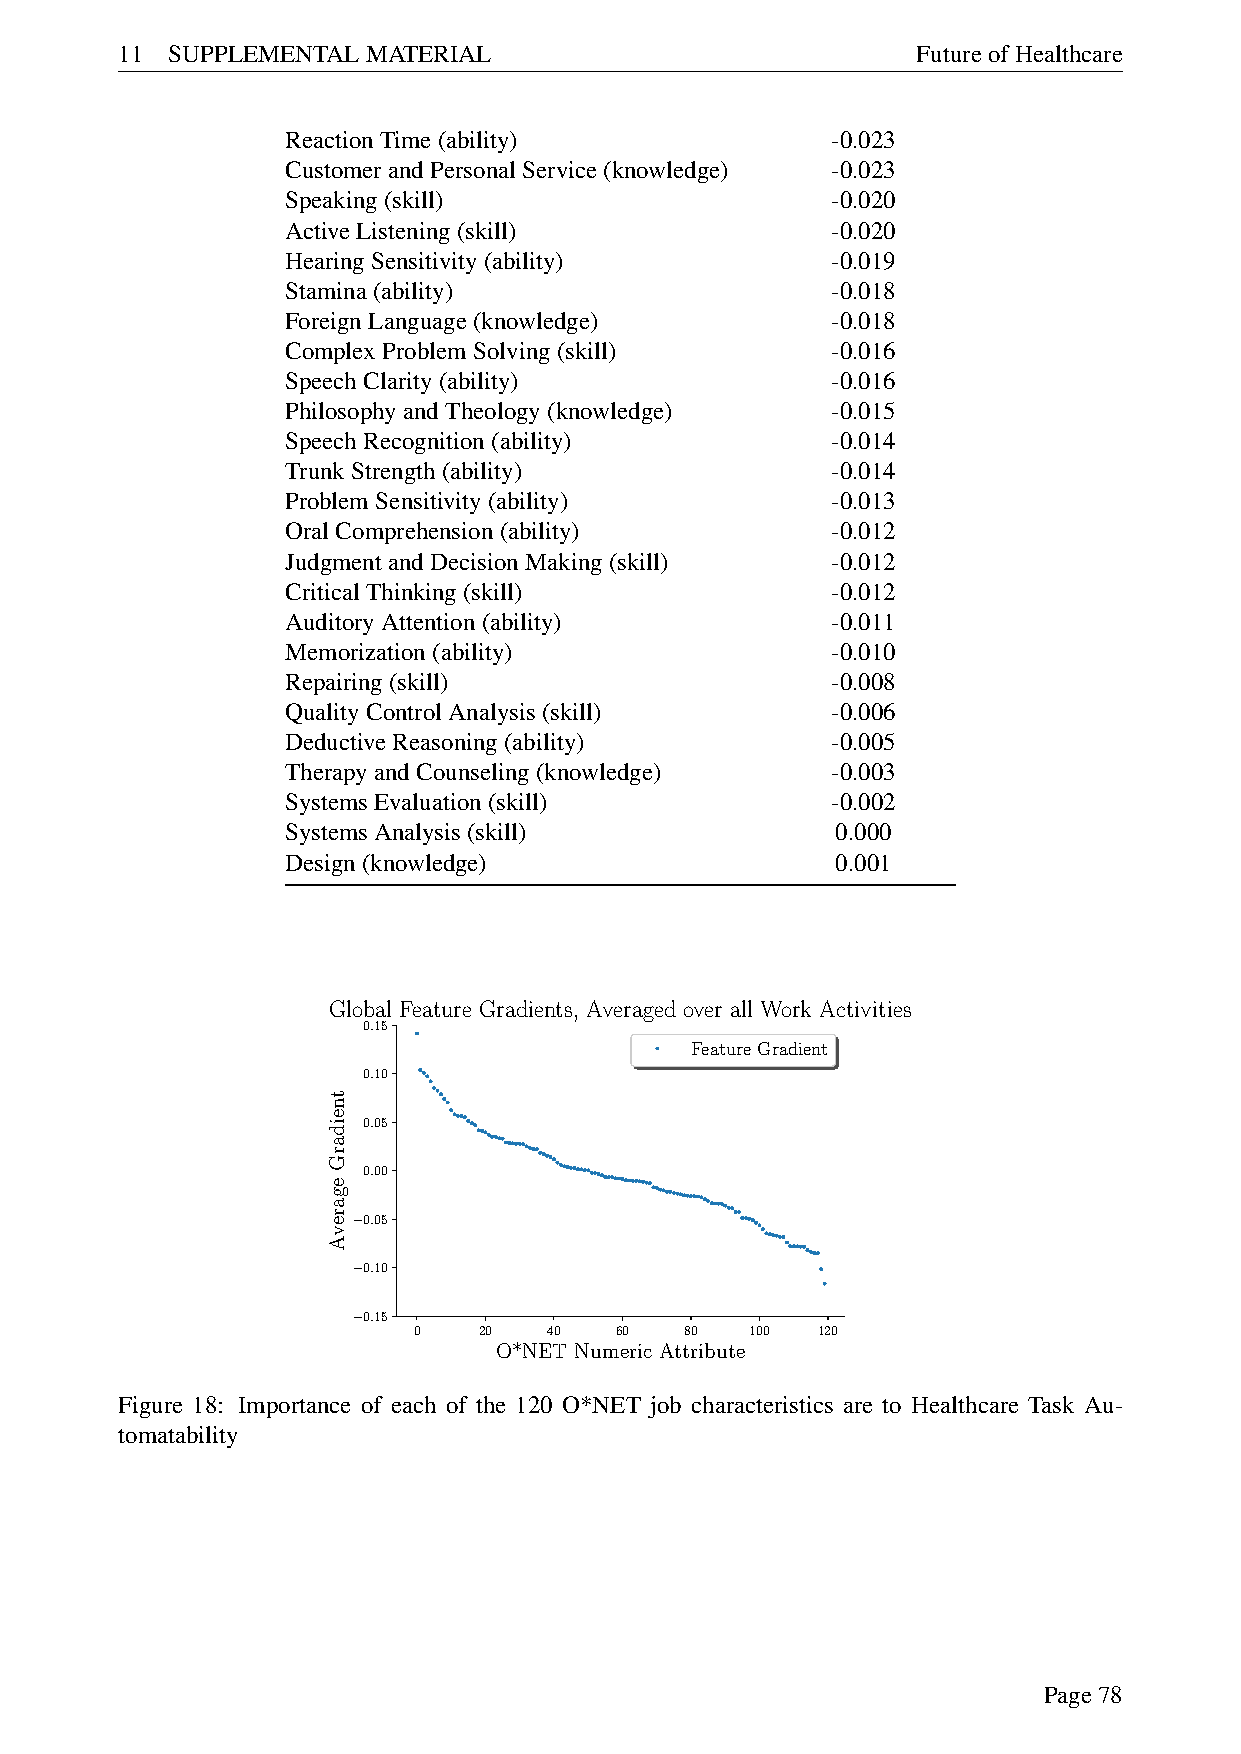
11 SUPPLEMENTALMATERIAL                              FutureofHealthcare
 ReactionTime(ability)               -0.023
 CustomerandPersonalService(knowledge) -0.023
 Speaking(skill)                     -0.020
 ActiveListening(skill)              -0.020
 HearingSensitivity(ability)         -0.019
 Stamina(ability)                    -0.018
 ForeignLanguage(knowledge)          -0.018
 ComplexProblemSolving(skill)        -0.016
 SpeechClarity(ability)              -0.016
 PhilosophyandTheology(knowledge)    -0.015
 SpeechRecognition(ability)          -0.014
 TrunkStrength(ability)              -0.014
 ProblemSensitivity(ability)         -0.013
 OralComprehension(ability)          -0.012
 JudgmentandDecisionMaking(skill)    -0.012
 CriticalThinking(skill)             -0.012
 AuditoryAttention(ability)          -0.011
 Memorization(ability)               -0.010
 Repairing(skill)                    -0.008
 QualityControlAnalysis(skill)       -0.006
 DeductiveReasoning(ability)         -0.005
 TherapyandCounseling(knowledge)     -0.003
 SystemsEvaluation(skill)            -0.002
 SystemsAnalysis(skill)              0.000
 Design(knowledge)                   0.001
 Global Feature Gradients, Averaged over all Work Activities
 0.15
 FeatureGradient
 0.10
 0.05
 0.00
 0.05
 −
 0.10
 −
 0.15
 −   0    20  40   60  80   100 120
 O*NET Numeric Attribute
 Figure 18: Importance of each of the 120 O*NET job characteristics are to Healthcare Task Au-
 tomatability
 Page78
 tneidarG
 egarevA